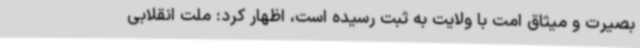
بصیرت و میثاق امت با ولایت به ثبت رسیده است، اظهار کرد: ملت انقلابی